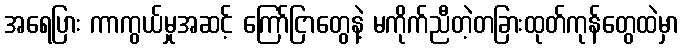
အရေပြား ကာကွယ်မှုအဆင့် ကြော်ငြာတွေနဲ့ မကိုက်ညီတဲ့တခြားထုတ်ကုန်တွေထဲမှာ